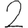
Digit: 2